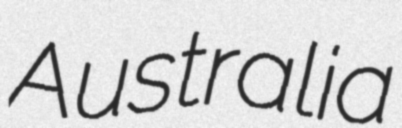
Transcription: Australia